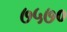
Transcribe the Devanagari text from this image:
७५७०